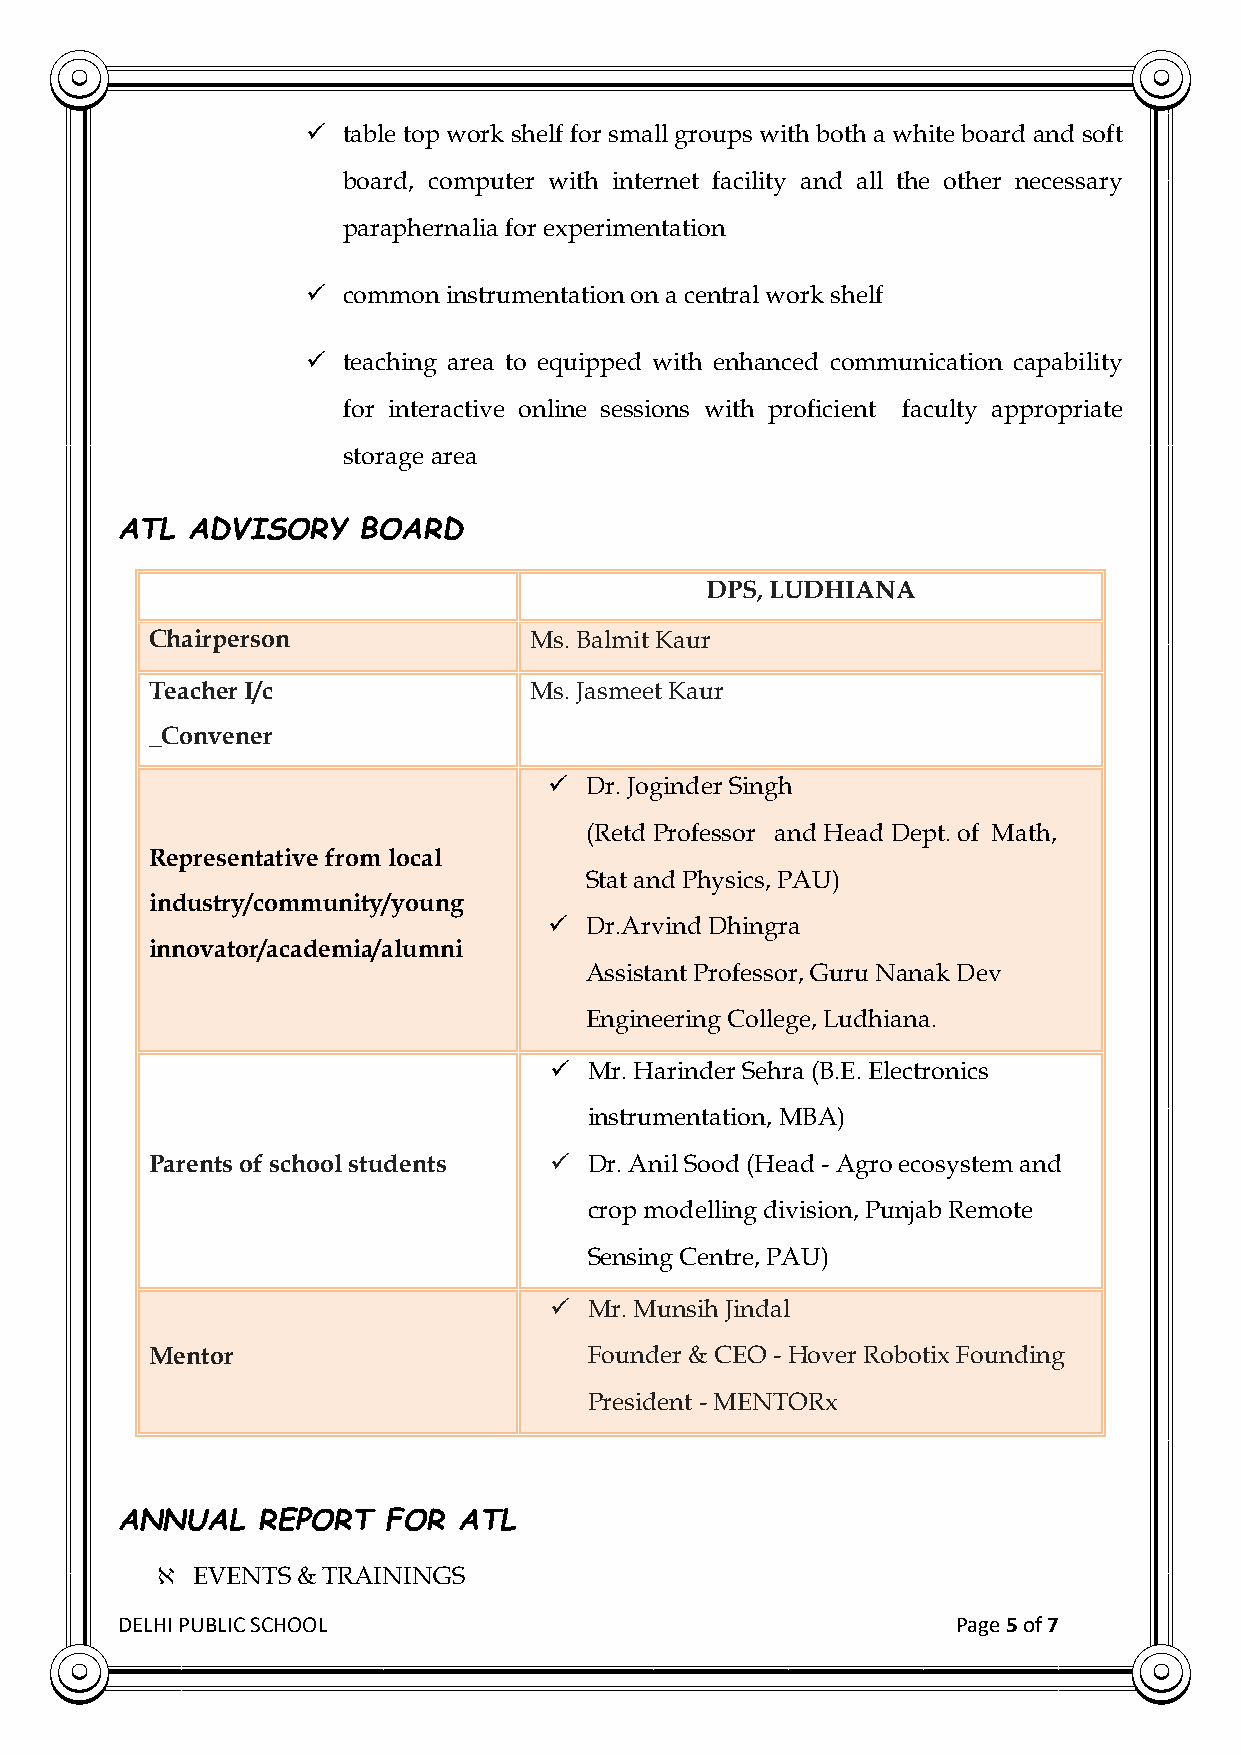
  table top work shelf for small groups with both a white board and soft
 board, computer with internet facility and all the other necessary
 paraphernalia for experimentation
   common instrumentation on a central work shelf
   teaching area to equipped with enhanced communication capability
 for interactive online sessions with proficient faculty appropriate
 storage area
 ATL ADVISORY    BOARD
 DPS, LUDHIANA
 Chairperson              Ms. Balmit Kaur
 Teacher I/c              Ms. Jasmeet Kaur
 _Convener
   Dr. Joginder Singh
 (Retd Professor and Head Dept. of Math,
 Representative from local
 Stat and Physics, PAU)
 industry/community/young
   Dr.Arvind Dhingra
 innovator/academia/alumni
 Assistant Professor, Guru Nanak Dev
 Engineering College, Ludhiana.
   Mr. Harinder Sehra (B.E. Electronics
 instrumentation, MBA)
 Parents of school students  Dr. Anil Sood (Head - Agro ecosystem and
 crop modelling division, Punjab Remote
 Sensing Centre, PAU)
   Mr. Munsih Jindal
 Mentor                       Founder & CEO - Hover Robotix Founding
 President - MENTORx
 ANNUAL   REPORT   FOR ATL
 ℵ  EVENTS & TRAININGS
 DELHI PUBLIC SCHOOL                                    Page 5 of 7